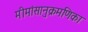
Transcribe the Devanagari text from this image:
मीमांसानुक्रमणिका